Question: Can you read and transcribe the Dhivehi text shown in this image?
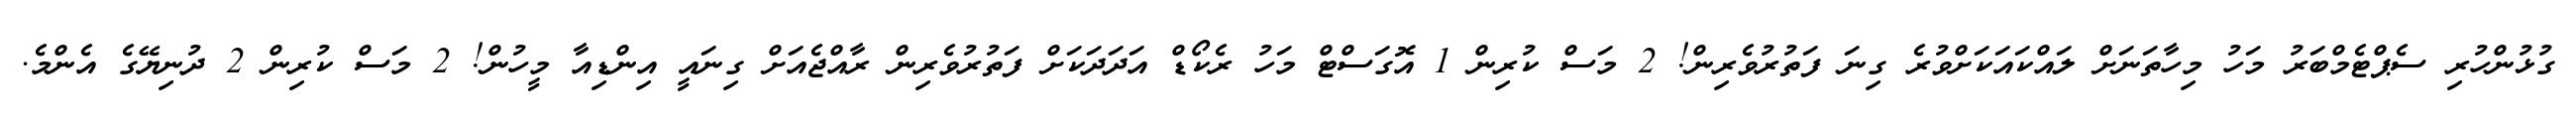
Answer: ގުޅުންހުރި ސެޕްޓެމްބަރު މަހު މިހާތަނަށް ލައްކައަކަށްވުރެ ގިނަ ފަތުރުވެރިން! 2 މަސް ކުރިން 1 އޮގަސްޓް މަހު ރެކޯޑް އަދަދަކަށް ފަތުރުވެރިން ރާއްޖެއަށް ގިނައީ އިންޑިއާ މީހުން! 2 މަސް ކުރިން 2 ދުނިޔޭގެ އެންމެ.